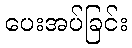
ပေးအပ်ခြင်း